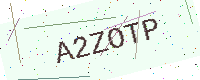
Text: A2ZOTP